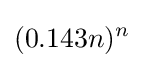
(0.143n)^{n}